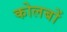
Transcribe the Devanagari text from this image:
कोलबों